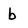
Character: b